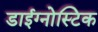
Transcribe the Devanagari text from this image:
डाईग्नोस्टिक